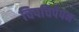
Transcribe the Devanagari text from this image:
चिपचिपेपन